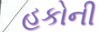
હકોની